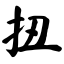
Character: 扭